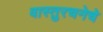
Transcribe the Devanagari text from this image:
वास्तुरचनेचे